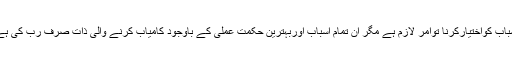
اسباب کواختیارکرنا توامر لازم ہے مگر ان تمام اسباب اوربہترین حکمت عملی کے باوجود کامیاب کرنے والی ذات صرف رب کی ہے۔